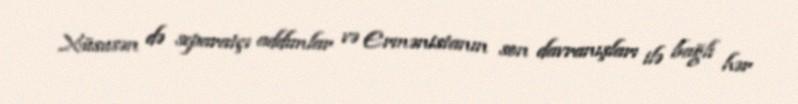
Xüsusən də separatçı addımlar və Ermənistanın son davranışları ilə bağlı hər